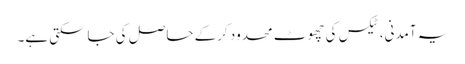
یہ آمدنی، ٹیکس کی چھوٹ محدود کرکے حاصل کی جاسکتی ہے۔